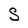
Character: S